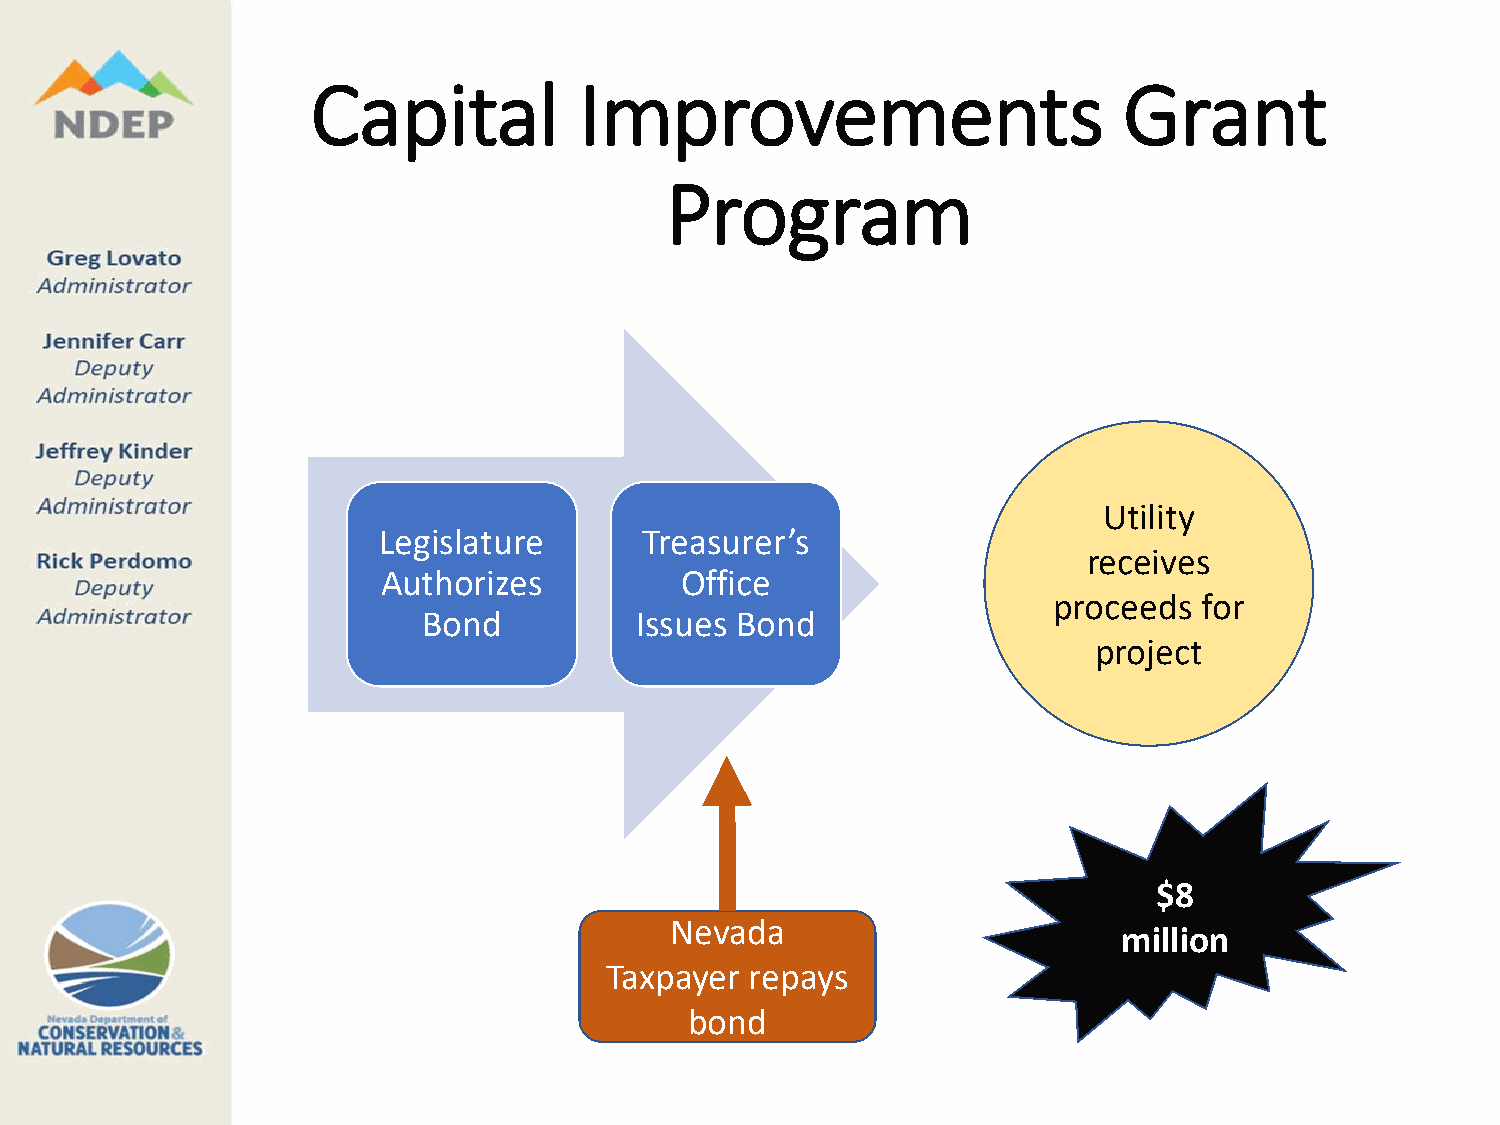
Capital          Improvements                        Grant
 Program
 Utility
 Legislature       Treasurer’s
 receives
 Authorizes          Office
 proceeds  for
 Bond          Issues Bond
 project
 $8
 Nevada
 million
 Taxpayer  repays
 bond